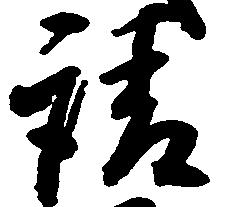
請